Report on vaccination proceedings throughout the Government of Bengal -
Year: 1868
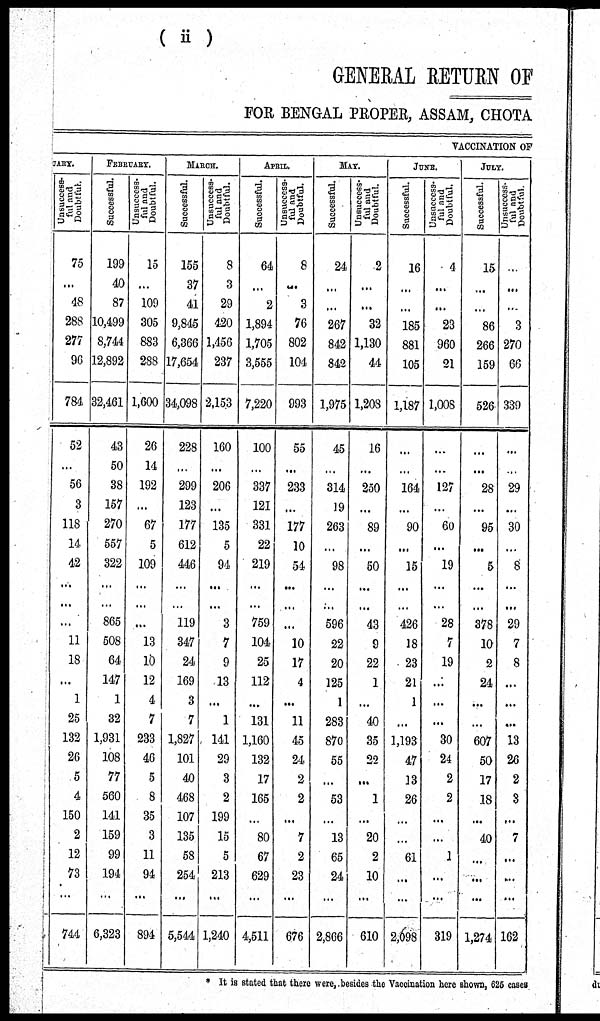
(ii)
GENERAL RETURN OF
FOR BENGAL PROPER, ASSAM, CHOTA
VACCINATION OF
UARY.
Unsuccess-
ful and
Doubtful.
75
...
48
288
277
96
784
52
...
56
3
118
14
42
...
...
...
11
18
...
1
25
132
26
5
4
150
2
12
73
...
744
FEBRUARY.
Successful.
199
40
87
10,499
8,744
12,892
32,461
43
50
38
157
270
557
322
...
...
865
508
64
147
1
32
1,931
108
77
560
141
159
99
194
...
6,323
Unsuccess-
ful and
Doubtful.
15
...
109
305
883
288
1,600
26
14
192
...
67
5
109
...
...
...
13
10
12
4
7
233
46
5
8
35
3
11
94
...
894
MARCH.
Successful.
155
37
41
9,845
6,366
17,654
34,098
228
...
299
123
177
612
446
...
...
119
347
24
169
3
7
1,827
101
40
468
107
135
58
254
...
5,544
Unsuccess-
ful and
Doubtful.
8
3
29
420
1,456
237
2,153
160
...
206
...
135
5
94
...
...
3
7
9
13
...
1
141
29
3
2
199
15
5
213
...
1,240
APRIL.
Successful.
64
...
2
1,894
1,705
3,555
7,220
100
...
337
121
331
22
219
...
...
759
104
25
112
...
131
1,160
132
17
165
...
80
67
629
...
4,511
Unsuccess-
ful and
Doubtful.
8
...
3
76
802
104
993
55
...
233
...
177
10
54
...
...
...
10
17
4
...
11
45
24
2
2
...
7
2
23
...
676
MAY.
Successful.
24
...
...
267
842
842
1,975
45
...
314
19
263
...
98
...
...
596
22
20
125
1
283
870
55
...
53
...
13
65
24
...
2,866
Unsuccess-
ful and
Doubtful.
2
...
...
32
1,130
44
1,208
16
...
250
...
89
...
50
...
...
43
9
22
1
...
40
35
22
...
1
...
20
2
10
...
610
JUNE.
Successful.
16
...
...
185
881
105
1,187
...
...
164
...
90
...
15
...
...
426
18
23
21
1
...
1,193
47
13
26
...
...
61
...
...
2,098
Unsuccess-
ful and
Doubtful.
4
...
...
23
960
21
1,008
...
...
127
...
60
...
19
...
...
28
7
19
...
...
...
30
24
2
2
...
...
1
...
...
319
JULY.
Successful.
15
...
...
86
266
159
526
...
...
28
...
95
...
5
...
...
378
10
2
24
...
...
607
50
17
18
...
40
...
...
...
1,274
Unsuccess-
ful and
Doubtful.
...
...
...
3
270
66
339
...
...
29
...
30
...
8
...
...
29
7
8
...
...
...
13
26
2
3
...
7
...
...
...
162
* It is stated that there were, besides the Vaccination here shown, 625 cases